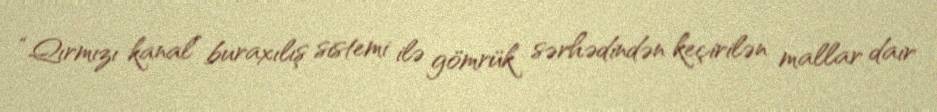
“Qırmızı kanal” buraxılış sistemi ilə gömrük sərhədindən keçirilən mallar dair